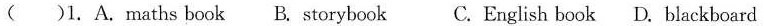
()1.A.maths book B.storybook C.English book D.blackboard